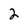
Character: 2